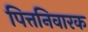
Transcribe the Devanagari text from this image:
पित्तनिवारक